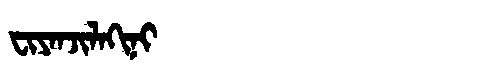
Manchu: ᠸᡳᠶᠠᠨᠵᡳᠯᠠᡴᡳᠨᡳ
Romanization: FIYANJILAKINI